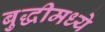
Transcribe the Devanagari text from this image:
बुद्धीमध्ये